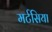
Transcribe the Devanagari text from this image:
मर्टसिया